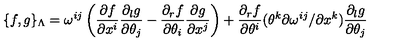
\{ f , g \} _ { \Lambda } = \omega ^ { i j } \left( \frac { \partial f } { \partial x ^ { i } } \frac { \partial _ { l } g } { \partial \theta _ { j } } - \frac { \partial _ { r } f } { \partial \theta _ { i } } \frac { \partial g } { \partial x ^ { j } } \right) + \frac { \partial _ { r } f } { \partial \theta ^ { i } } ( \theta ^ { k } { \partial \omega ^ { i j } } / { \partial x ^ { k } } ) \frac { \partial _ { l } g } { \partial \theta _ { j } }